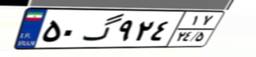
۵۰گ۹۲۴۱۷